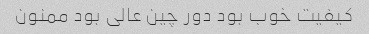
کیفیت خوب بود دور چین عالی بود ممنون